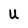
Character: U